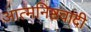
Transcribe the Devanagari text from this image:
आत्मनिष्ठवादी